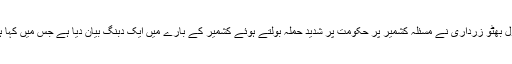
جامشورو:(پاک آنلائن نیوز) پاکستان پیپلز پارٹی کے چیئرمین بلاول بھٹو زرداری نے مسئلہ کشمیر پر حکومت پر شدید حملہ بولتے ہوئے کشمیر کے بارے میں ایک دبنگ بیان دیا ہے جس میں کہا ہیکہ مسئلہ کشمیر پر کسی قسم کا کوئی سمجھوتہ نہیں کیا جا سکتا۔